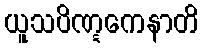
ယူသပိဏ္ဋကေနာတိ